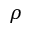
\rho